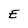
Character: E